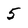
Character: 5